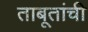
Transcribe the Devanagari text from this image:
ताबूतांची